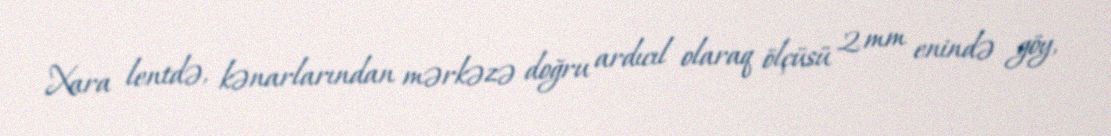
Xara lentdə, kənarlarından mərkəzə doğru ardıcıl olaraq ölçüsü 2 mm enində göy,